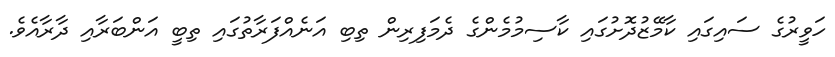
ހަވީރުގެ ސައިގައި ކާމޭޒުދޮށުގައި ކާސިމުމެންގެ ދެމަފިރިން ތިބި އަނެއްފަރާތުގައި ތިބީ އަންބަރާއި ދާރާއެވެ.